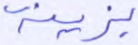
بزينة